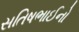
સતિષભાઈનો